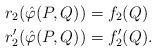
LaTeX: \begin{align*}r_2(\hat{\varphi}(P,Q)) &=f_2(Q)\\r_2'(\hat{\varphi}(P,Q)) &=f'_2(Q).\end{align*}